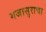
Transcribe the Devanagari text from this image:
गजासुराचा